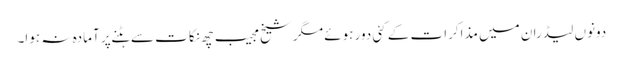
دونوں لیڈران میں مذاکرات کے کئی دور ہوئے مگر شیخ مجیب چھ نکات سے ہٹنے پر آمادہ نہ ہوا۔